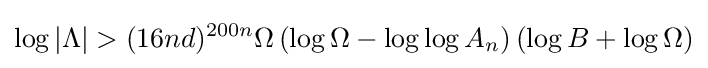
\log |\Lambda |>(16nd)^{200n}\Omega \left(\log \Omega -\log \log A_{n}\right)(\log B+\log \Omega )